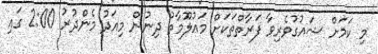
މި ކަމަށް ޝައުގުވެރިވާ ފަރާތްތަކަށް މައުލޫމާތު ދިނުން މިއަދު މެންދުރު 2:00 ގައި